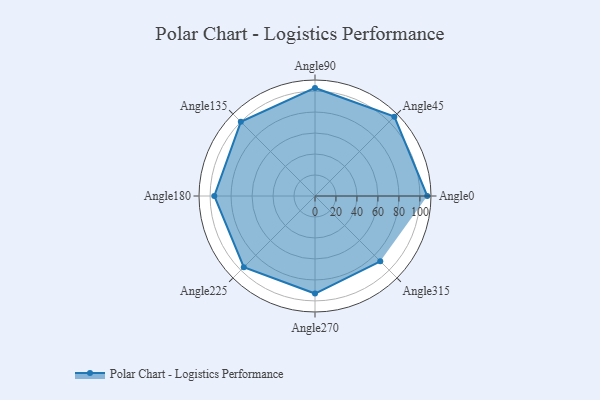
{"axis": {"x": "Angle", "y": "Radius"}, "legend": [""], "data": [{"x": "Angle0", "y": 107.0, "type": ""}, {"x": "Angle45", "y": 107.0, "type": ""}, {"x": "Angle90", "y": 103.0, "type": ""}, {"x": "Angle135", "y": 100.0, "type": ""}, {"x": "Angle180", "y": 96.0, "type": ""}, {"x": "Angle225", "y": 96.0, "type": ""}, {"x": "Angle270", "y": 93.0, "type": ""}, {"x": "Angle315", "y": 88.0, "type": ""}]}